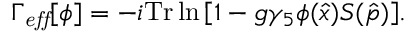
\Gamma _ { \mathit { e f f } } [ \phi ] = - i \mathrm { T r } \ln { \left[ 1 - g \gamma _ { 5 } \phi ( \hat { x } ) S ( \hat { p } ) \right] } .